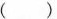
()